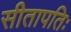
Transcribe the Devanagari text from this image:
सीतापतिः